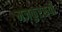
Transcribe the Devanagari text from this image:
मजकुररूपी